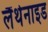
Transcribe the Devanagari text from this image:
लैंथेनाइड